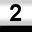
Digit: 2